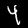
Digit: 4